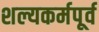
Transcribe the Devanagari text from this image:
शल्यकर्मपूर्व